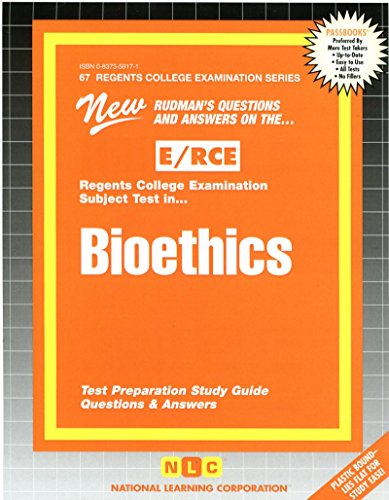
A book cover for Bioethics (Excelsior/Regents College Examination Series) (Passbooks) (Regents College Examination Passbooks); Jack Rudman; Test Preparation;